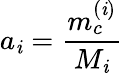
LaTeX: a_{\mathit{i}}=\frac{{m_{c}^{(\mathit{i})}}}{{M_{\mathit{i}}}}